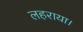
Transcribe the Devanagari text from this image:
लहराया।